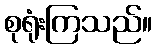
စုရုံးကြသည်။